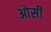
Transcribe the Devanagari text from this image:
ओसी